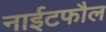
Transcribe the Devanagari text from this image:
नाईटफौल